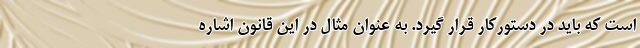
است که باید در دستورکار قرار گیرد. به عنوان مثال در این قانون اشاره